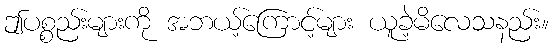
ဤပစ္စည်းများကို အဘယ့်ကြောင့်များ ယူခဲ့မိလေသနည်း။